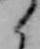
く